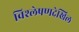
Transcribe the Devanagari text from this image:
विश्लेषणदेखिल